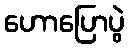
ဟောပြောပွဲ